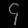
Digit: ၄